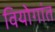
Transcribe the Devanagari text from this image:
वियोगांत